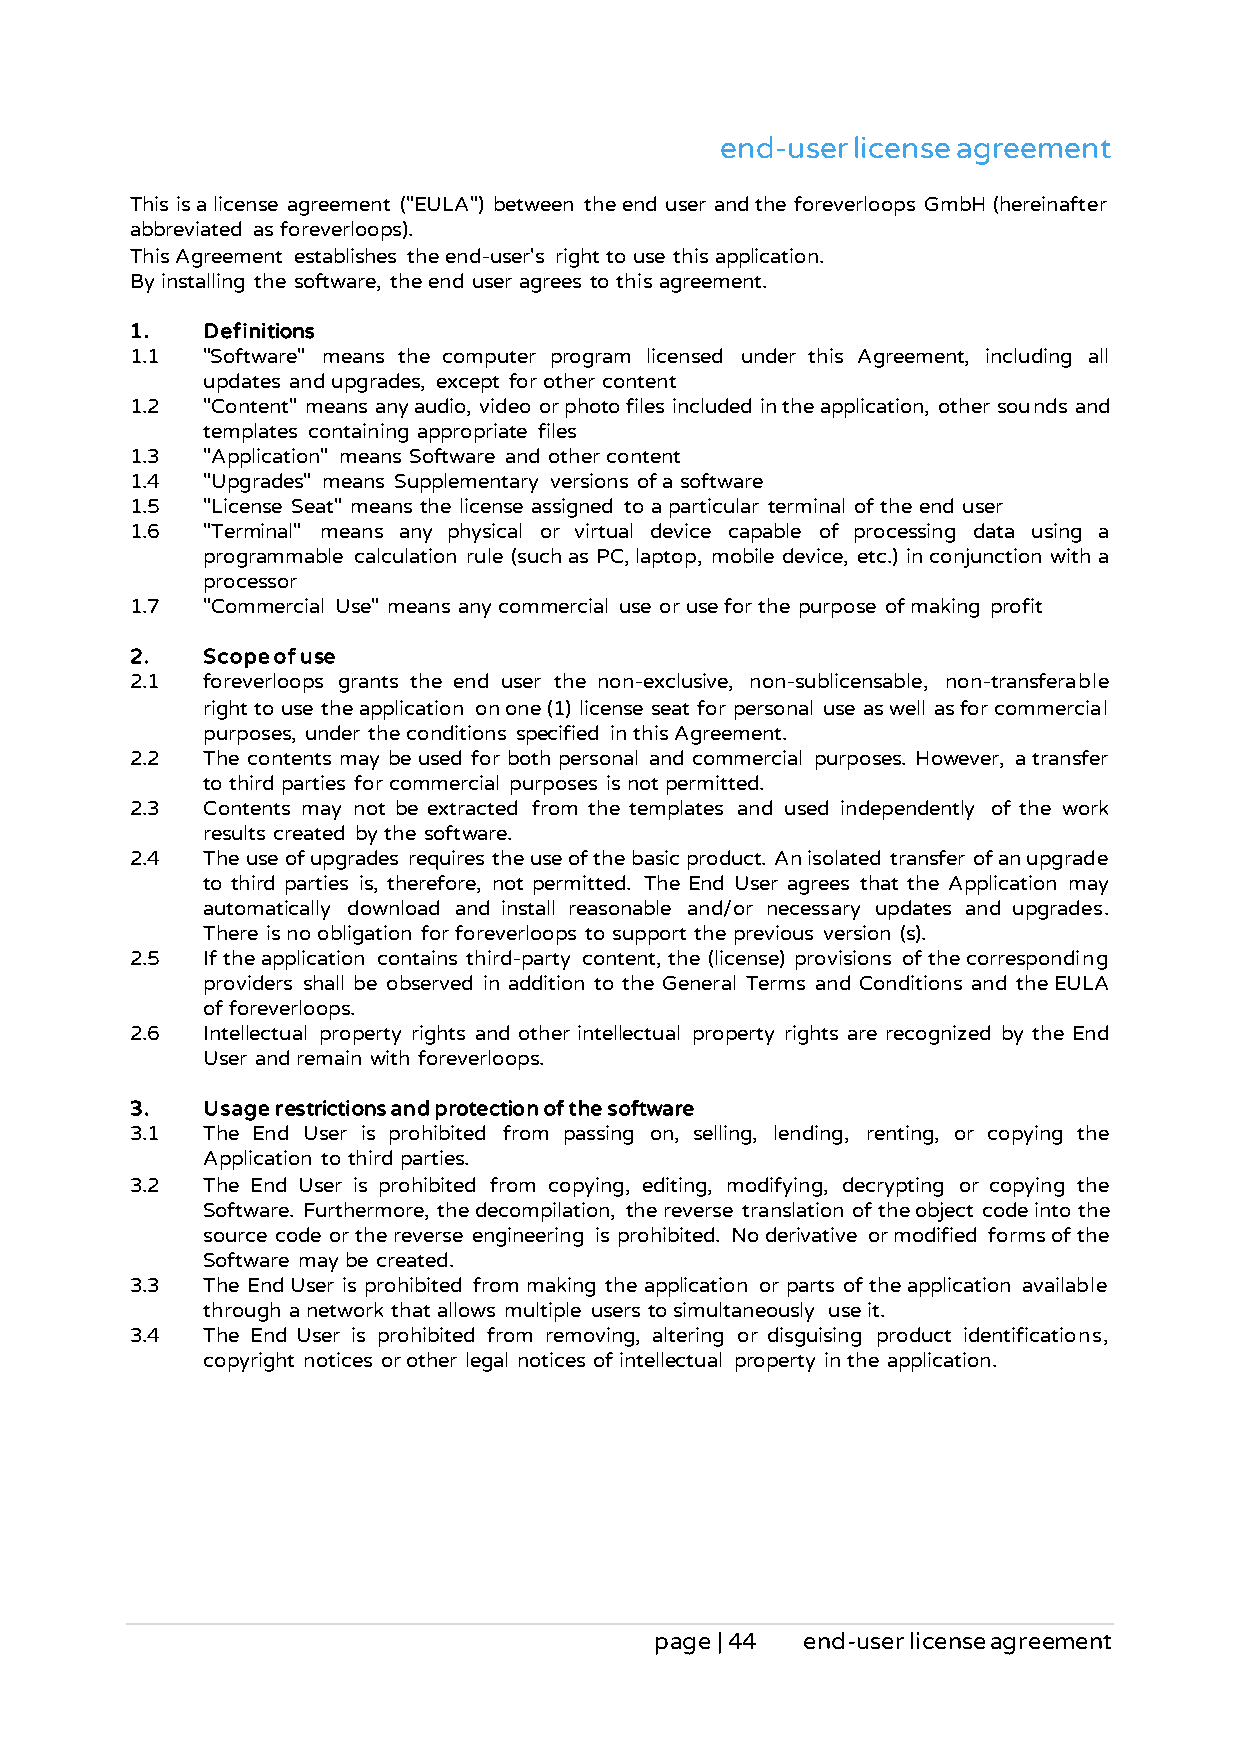
end-user license agreement
 This is a license agreement ("EULA") between the end user and the foreverloops GmbH (hereinafter
 abbreviated as foreverloops).
 This Agreement establishes the end-user's right to use this application.
 By installing the software, the end user agrees to this agreement.
 1.  Definitions
 1.1 "Software" means the computer program licensed under this Agreement, including all
 updates and upgrades, except for other content
 1.2 "Content" means any audio, video or photo files included in the application, other sounds and
 templates containing appropriate files
 1.3 "Application" means Software and other content
 1.4 "Upgrades" means Supplementary versions of a software
 1.5 "License Seat" means the license assigned to a particular terminal of the end user
 1.6 "Terminal" means any physical or virtual device capable of processing data using a
 programmable calculation rule (such as PC, laptop, mobile device, etc.) in conjunction with a
 processor
 1.7 "Commercial Use" means any commercial use or use for the purpose of making profit
 2.  Scope of use
 2.1 foreverloops grants the end user the non-exclusive, non-sublicensable, non-transferable
 right to use the application on one (1) license seat for personal use as well as for commercial
 purposes, under the conditions specified in this Agreement.
 2.2 The contents may be used for both personal and commercial purposes. However, a transfer
 to third parties for commercial purposes is not permitted.
 2.3 Contents may not be extracted from the templates and used independently of the work
 results created by the software.
 2.4 The use of upgrades requires the use of the basic product. An isolated transfer of an upgrade
 to third parties is, therefore, not permitted. The End User agrees that the Application may
 automatically download and install reasonable and/or necessary updates and upgrades.
 There is no obligation for foreverloops to support the previous version (s).
 2.5 If the application contains third-party content, the (license) provisions of the corresponding
 providers shall be observed in addition to the General Terms and Conditions and the EULA
 of foreverloops.
 2.6 Intellectual property rights and other intellectual property rights are recognized by the End
 User and remain with foreverloops.
 3.  Usage restrictions and protection of the software
 3.1 The End User is prohibited from passing on, selling, lending, renting, or copying the
 Application to third parties.
 3.2 The End User is prohibited from copying, editing, modifying, decrypting or copying the
 Software. Furthermore, the decompilation, the reverse translation of the object code into the
 source code or the reverse engineering is prohibited. No derivative or modified forms of the
 Software may be created.
 3.3 The End User is prohibited from making the application or parts of the application available
 through a network that allows multiple users to simultaneously use it.
 3.4 The End User is prohibited from removing, altering or disguising product identifications,
 copyright notices or other legal notices of intellectual property in the application.
 page | 44 end-user license agreement